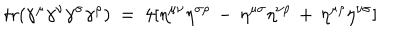
\mathrm { t r } ( \gamma ^ { \mu } \gamma ^ { \nu } \gamma ^ { \sigma } \gamma ^ { \rho } ) ~ = ~ 4 [ \eta ^ { \mu \nu } \eta ^ { \sigma \rho } \, - \, \eta ^ { \mu \sigma } \eta ^ { \nu \rho } \, + \, \eta ^ { \mu \rho } \eta ^ { \nu \sigma } ]